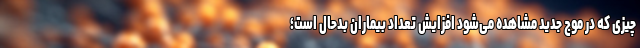
چیزی که در موج جدید مشاهده می‌شود افزایش تعداد بیماران بدحال است؛